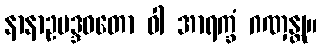
နာနာဥပဒ္ဒဝတော ဝါ အာရက္ခံ ဂဏှန္တု။